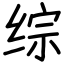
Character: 综